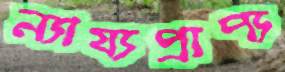
ন্যায্যপ্রাপ্য